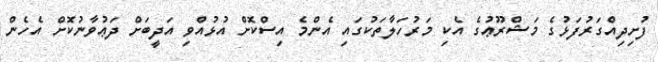
ފުށިދިއްގަރުފަޅުގެ މަޝްރޫޢުގެ އެކި މަރުހަލާތަކުގައި އެންމެ އިސްކޮށް އުޅުއްވި އަދީބަށް ދަޢުވާނުކޮށް އެހެން